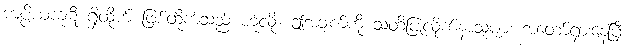
ကပ္ပိယကုဋိ ရှိထိုက် ဖြစ်ထိုက်သည် ဟူလို။ ဤအချက်ကို သတိပြုလိုက်နာသူများ အတော်ရှားနေပြီ